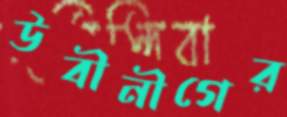
উবীনীগের